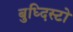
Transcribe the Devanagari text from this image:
बुध्दिस्टो